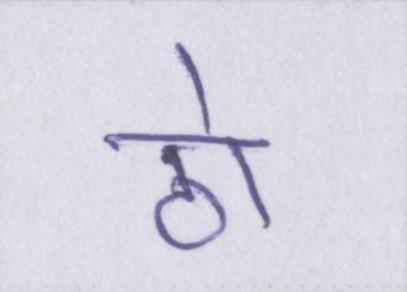
ठो